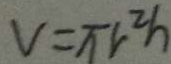
V = \pi r ^ { 2 } h